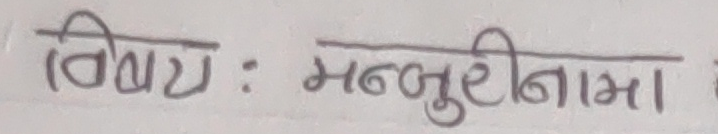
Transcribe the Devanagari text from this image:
बिषय : मन्जुरीनामा